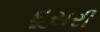
દૂસરી